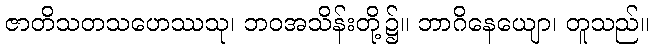
ဇာတိသတသဟေဿသု၊ ဘဝအသိန်းတို့၌။ ဘာဂိနေယျော၊ တူသည်။